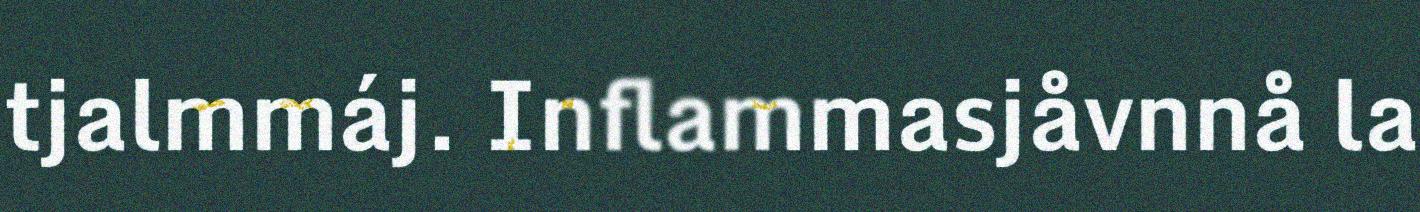
tjalmmáj. Inflammasjåvnnå la